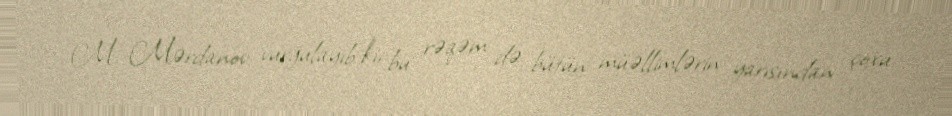
M. Mərdanov vurğulayıb ki, bu rəqəm də bütün müəllimlərin yarısından çoxu